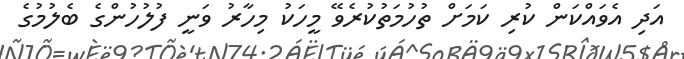
އަދި އެވައްކަން ކުރި ކަމަށް ތުހުމަތުކުރެވޭ މީހަކު މިހާރު ވަނީ ފުލުހުންގެ ބެލުމުގެ